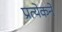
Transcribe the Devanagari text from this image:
प्रत्येकने